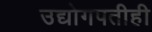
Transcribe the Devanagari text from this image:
उद्योगपतीही